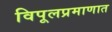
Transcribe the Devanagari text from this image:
विपूलप्रमाणात